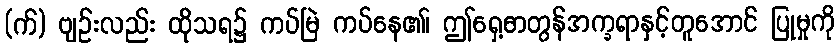
(က်) ဗျဉ်းလည်း ထိုသရ၌ ကပ်မြဲ ကပ်နေ၏၊ ဤရှေ့ဓာတွန်အက္ခရာနှင့်တူအောင် ပြုမှုကို